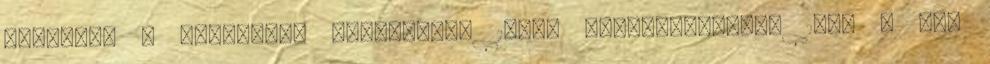
képekben - "Meditáló szerzetes" 1883, "Almatolvajok" 1884 - még